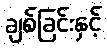
ချစ်ခြင်းနှင့်